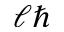
\ell \hbar